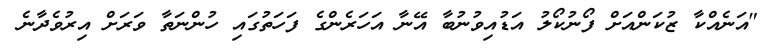
"އަނެއްކާ ޒުކަންއަށް ފޯނުކޯލު އަޑުއިވުނުބާ އޭނާ އަހަރެންގެ ފަހަތުގައި ހުންނަތާ ވަރަށް އިރުވެދާނެ